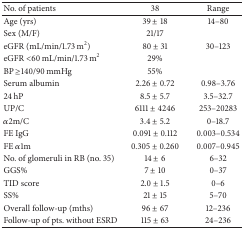
| No. of patients | 38 | Range |
 | --- | --- | --- |
 | Age (yrs) | 39 ± 18 | 14–80 |
 | Sex (M/F) | 21/17 |  |
 | eGFR (mL/min/1.73 m2) | 80 ± 31 | 30–123 |
 | eGFR <60 mL/min/1.73 m2 | 29% |  |
 | BP ≥140/90 mmHg | 55% |  |
 | Serum albumin | 2.26 ± 0.72 | 0.98–3.76 |
 | 24 hP | 8.5 ± 5.7 | 3.5–32.7 |
 | UP/C | 6111 ± 4246 | 253–20283 |
 | α2m/C | 3.4 ± 5.2 | 0–18.7 |
 | FE IgG | 0.091 ± 0.112 | 0.003–0.534 |
 | FE α1m | 0.305 ± 0.260 | 0.007–0.945 |
 | No. of glomeruli in RB (no. 35) | 14 ± 6 | 6–32 |
 | GGS% | 7 ± 10 | 0–37 |
 | TID score | 2.0 ± 1.5 | 0–6 |
 | SS% | 21 ± 15 | 5–70 |
 | Overall follow-up (mths) | 96 ± 67 | 12–236 |
 | Follow-up of pts. without ESRD | 115 ± 63 | 24–236 |